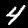
Label: 4